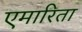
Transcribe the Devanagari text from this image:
एमारिता